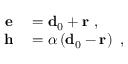
\begin{array} { r l } { \mathbf { e } } & { { } = \mathbf { d } _ { 0 } + \mathbf { r } \mathrm { ~ , ~ } } \\ { \mathbf { h } } & { { } = \boldsymbol { \alpha } \left( \mathbf { d } _ { 0 } - \mathbf { r } \right) \mathrm { ~ , ~ } } \end{array}